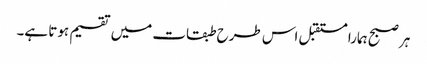
ہر صبح ہمارا مستقبل اس طرح طبقات میں تقسیم ہوتا ہے۔